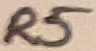
Text: R5